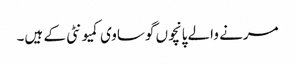
مرنے والے پانچوں گوساوی کمیونٹی کے ہیں۔